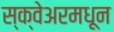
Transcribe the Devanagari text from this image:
स्क्वेअरमधून